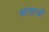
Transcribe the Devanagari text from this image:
खांद्याची